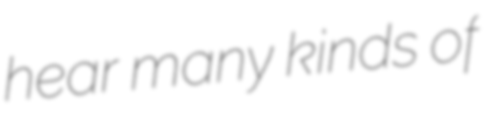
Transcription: hear many kinds of